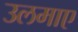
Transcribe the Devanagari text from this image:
उलमाए